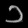
Digit: ၁